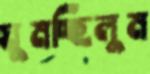
ঘুমচ্ছিলুম